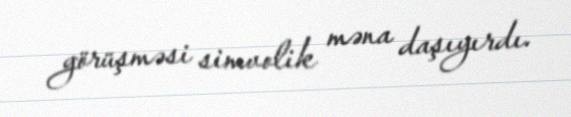
görüşməsi simvolik məna daşıyırdı.